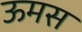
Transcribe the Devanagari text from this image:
ऊमस